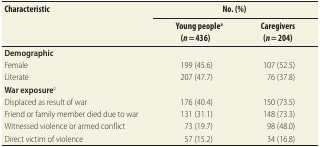
<table><thead><tr><td rowspan="2"><b>Characteristic</b></td><td colspan="2"><b>No. (%)</b></td></tr><tr><td><b>Young people<sup>a</sup> (<i>n</i> = 436)</b></td><td><b>Caregivers (<i>n</i> = 204)</b></td></tr></thead><tbody><tr><td><b>Demographic</b></td><td></td><td></td></tr><tr><td>Female</td><td>199 (45.6)</td><td>107 (52.5)</td></tr><tr><td>Literate</td><td>207 (47.7)</td><td>76 (37.8)</td></tr><tr><td><b>War exposure</b><sup>b</sup></td><td></td><td></td></tr><tr><td>Displaced as result of war</td><td>176 (40.4)</td><td>150 (73.5)</td></tr><tr><td>Friend or family member died due to war</td><td>131 (31.1)</td><td>148 (73.3)</td></tr><tr><td>Witnessed violence or armed conflict</td><td>73 (19.7)</td><td>98 (48.0)</td></tr><tr><td>Direct victim of violence</td><td>57 (15.2)</td><td>34 (16.8)</td></tr></tbody></table>